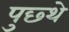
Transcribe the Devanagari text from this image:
पुछ्थे